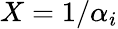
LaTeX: X=1/\alpha_{i}